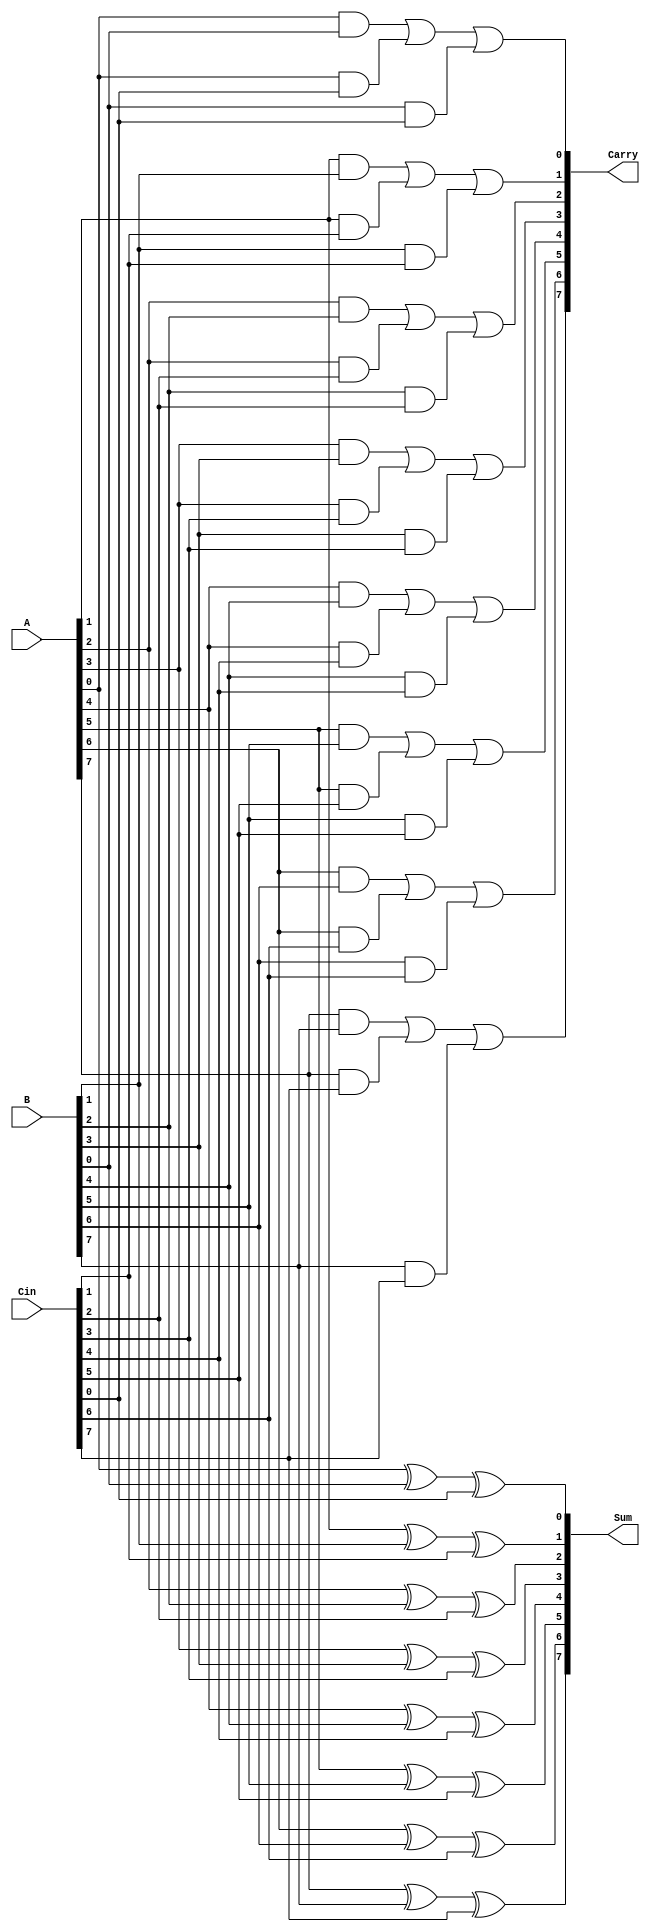
module CarrySaveAdder #(parameter n = 8) (
    input  [n-1:0] A,      // First operand
    input  [n-1:0] B,      // Second operand
    input  [n-1:0] Cin,    // Carry input
    output [n-1:0] Sum,     // Sum output
    output [n-1:0] Carry    // Carry output
);

    // Generate Sum and Carry for each bit position
    genvar i;
    generate
        for (i = 0; i < n; i = i + 1) begin : CSA_BIT
            // Calculate Sum[i] using XOR
            assign Sum[i] = A[i] ^ B[i] ^ Cin[i];

            // Calculate Carry[i] using AND and OR
            assign Carry[i] = (A[i] & B[i]) | (A[i] & Cin[i]) | (B[i] & Cin[i]);
        end
    endgenerate

endmodule